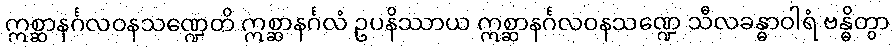
ဣစ္ဆာနင်္ဂလဝနသဏ္ဍေတိ ဣစ္ဆာနင်္ဂလံ ဥပနိဿာယ ဣစ္ဆာနင်္ဂလဝနသဏ္ဍေ သီလခန္ဓာဝါရံ ဗန္ဓိတွာ